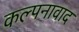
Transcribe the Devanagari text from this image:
कल्पनावाद